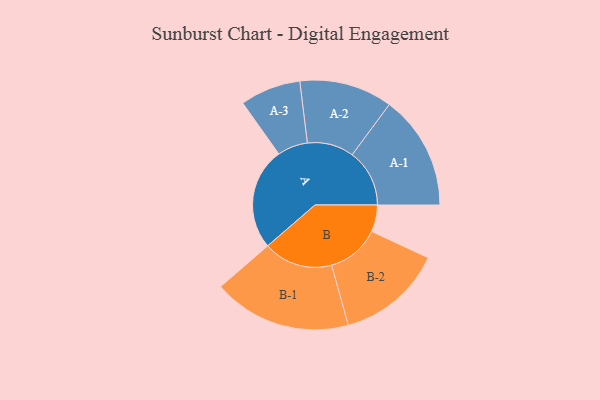
{"axis": {"x": "Segment", "y": "Value"}, "legend": ["", "A", "B"], "data": [{"x": "A", "y": 428, "type": ""}, {"x": "B", "y": 112, "type": ""}, {"x": "A-1", "y": 240, "type": "A"}, {"x": "A-2", "y": 195, "type": "A"}, {"x": "A-3", "y": 127, "type": "A"}, {"x": "B-1", "y": 290, "type": "B"}, {"x": "B-2", "y": 222, "type": "B"}]}